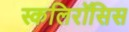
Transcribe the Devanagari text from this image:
स्कलिरॉसिस